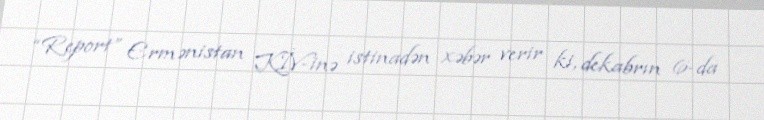
“Report” Ermənistan KİV-inə istinadən xəbər verir ki, dekabrın 6-da